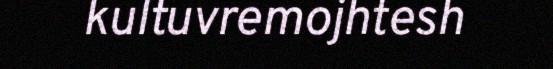
kultuvremojhtesh